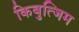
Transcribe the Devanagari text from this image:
किबुत्जिम